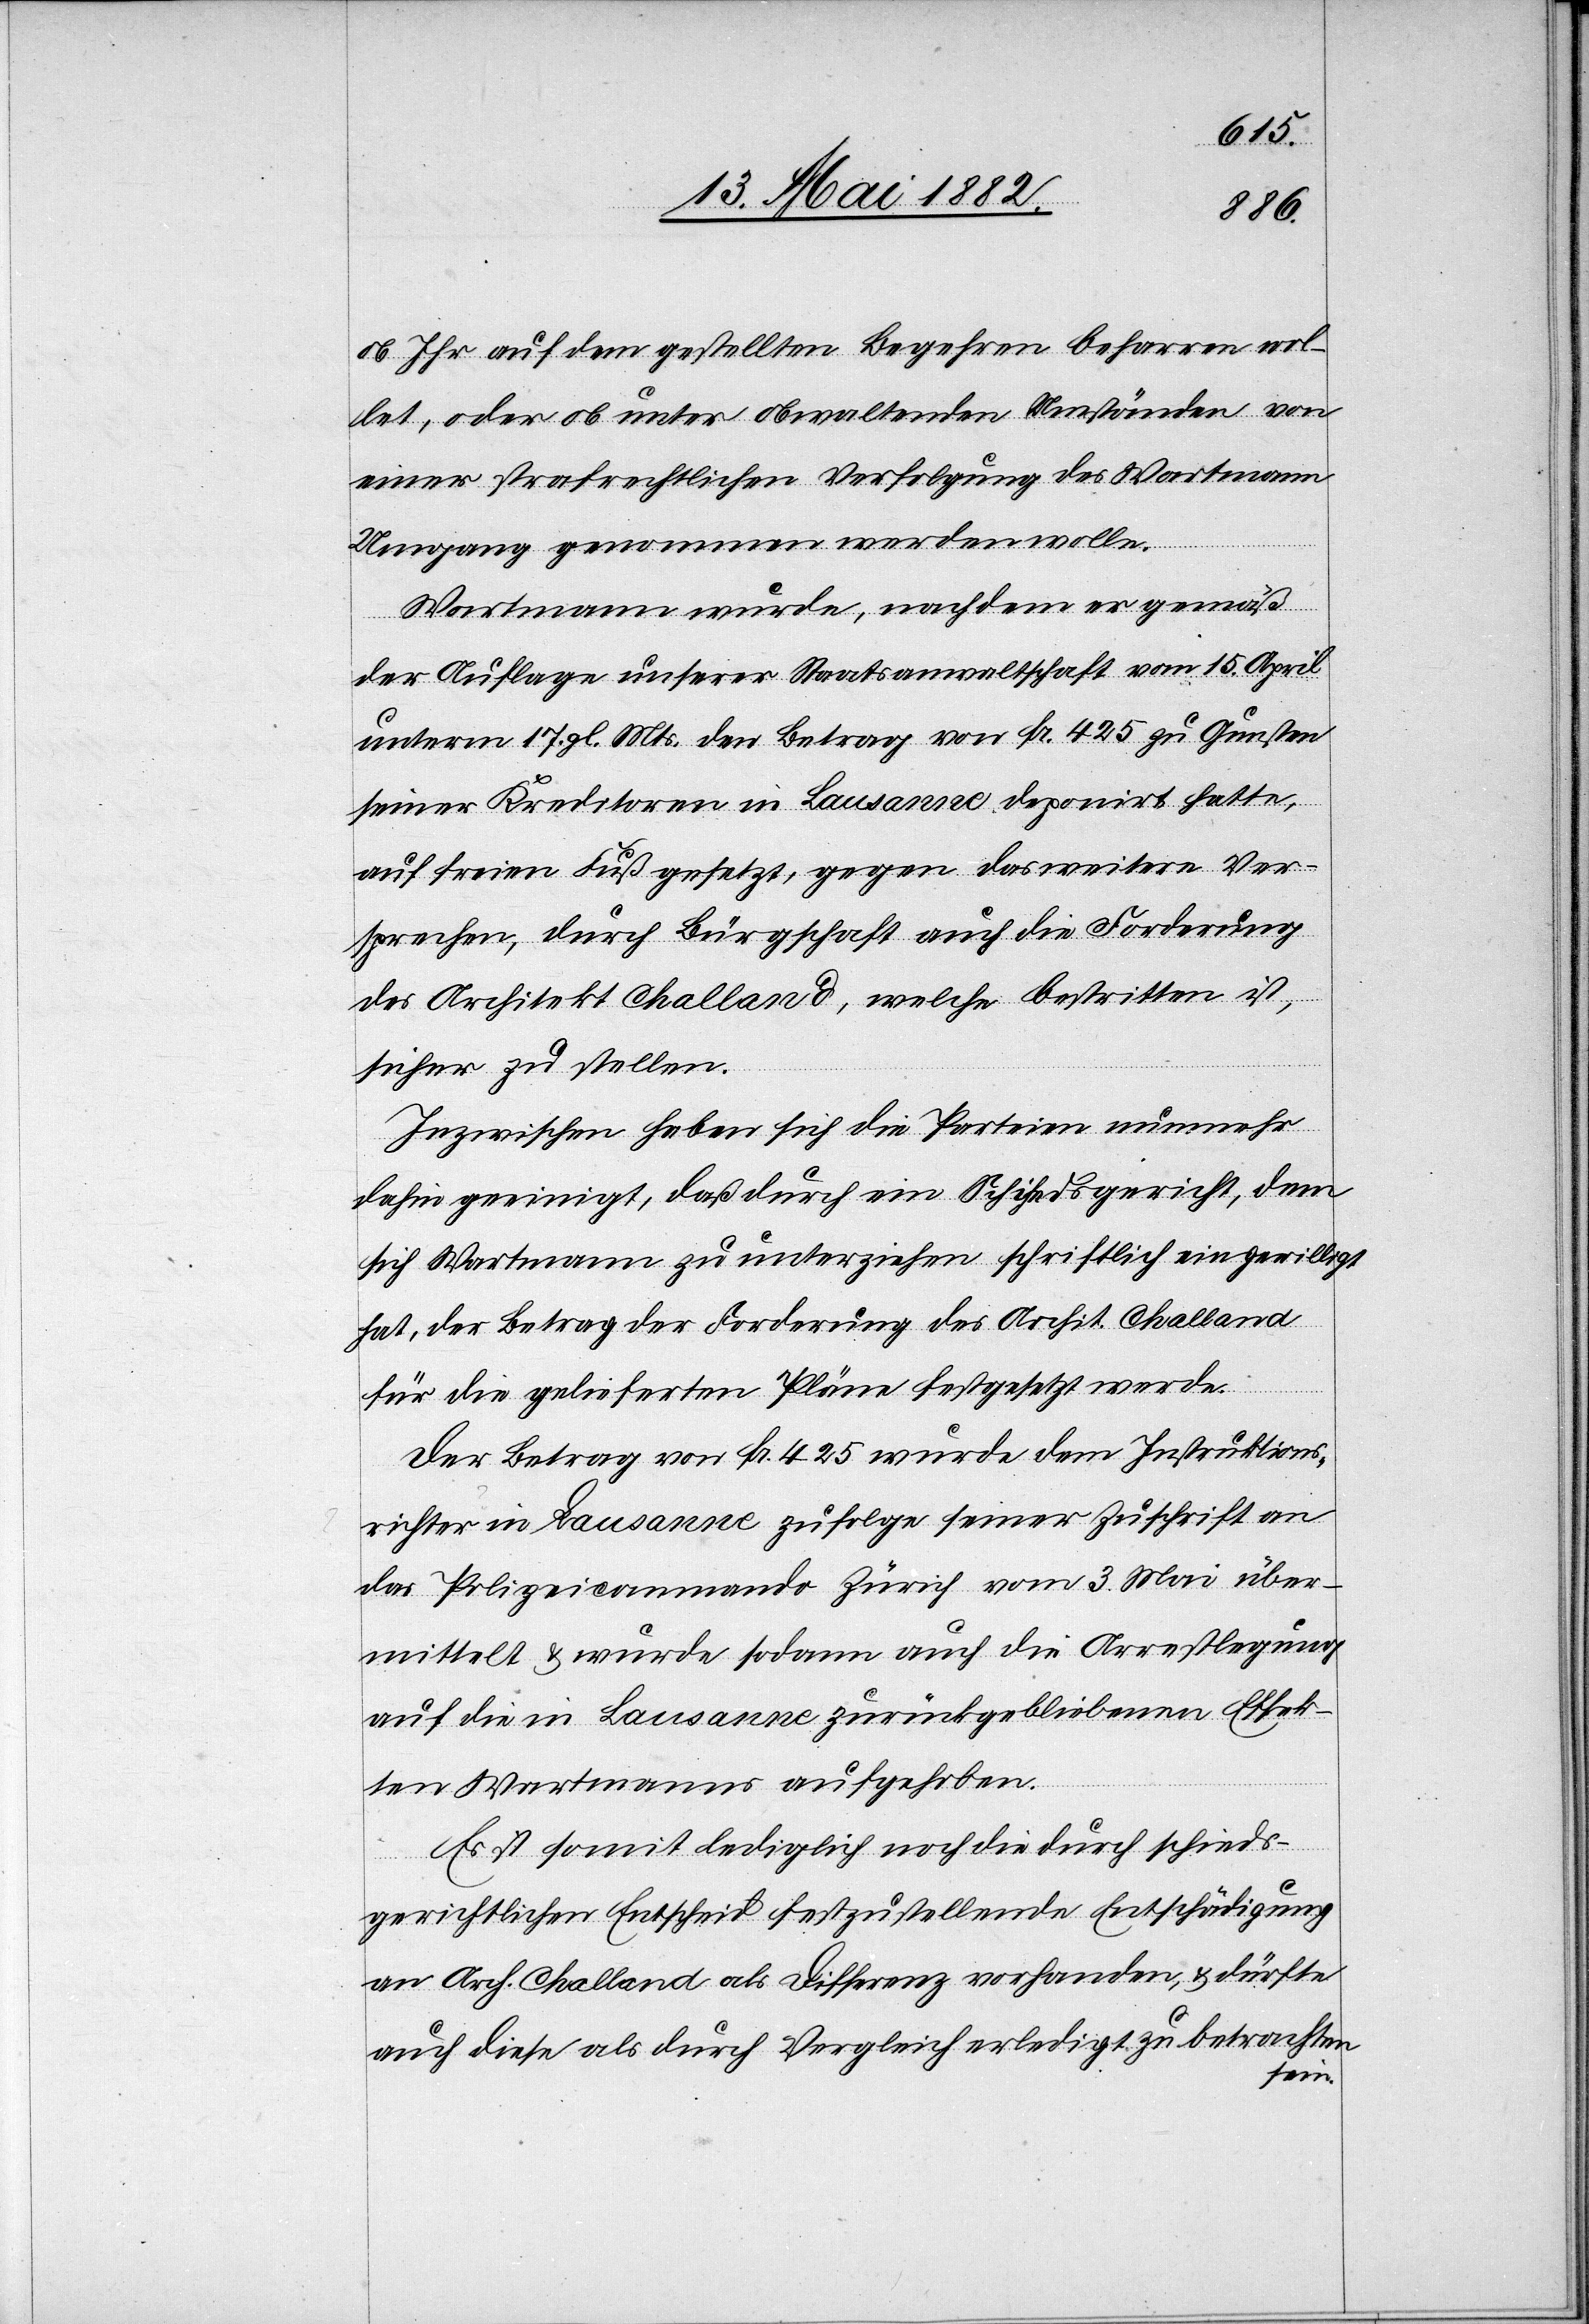
ob ihr auf dem gestellten Begehren beharren wol¬
let, oder ob unter obwaltenden Umständen von
einer strafrechtlichen Verfolgung des Wartmann
Umgang genommen werden wolle.
Wartmann wurde, nachdem er gemäß
der Auflage unserer Staatsanwaltschaft vom 15. April
unterm 17. gl. Mts. den Betrag von Fr. 425 zu Gunsten
seiner Kreditoren in Lausanne deponirt hatte,
auf freien Fuß gesetzt, gegen das weitere Ver¬
sprechen, durch Bürgschaft auch die Forderung
des Architekt Challand, welche bestritten ist,
sicher zu stellen.
Inzwischen haben sich die Parteien nunmehr
dahin geeinigt, daß durch ein Schiedsgericht, dem
sich Wartmann zu unterziehen schriftlich eingewilligt
hat, der Betrag der Forderung des Archit. Challand
für die gelieferten Pläne festgesetzt werde.
Der Betrag von Fr. 425 wurde dem Instruktions¬
richter in Lausanne zufolge seiner Zuschrift an
das Polizeikommando Zürich vom 3. Mai über¬
mittelt & wurde sodann auch die Arrestlegung
auf die in Lausanne zurückgebliebenen Effek¬
ten Wartmanns aufgehoben.
Es ist lediglich noch die durch Schieds¬
an Arch. Challand als Differenz vorhanden, & dürfte
auch diese als durch Vergleich erledigt zu betrachten
sein.